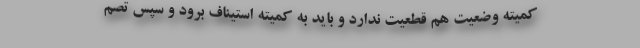
کمیته وضعیت هم قطعیت ندارد و باید به کمیته استیناف برود و سپس تصم